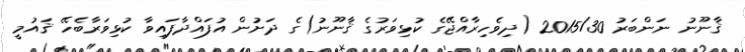
ޤާނޫނު ނަންބަރު 2015/30 (ދިވެހިރާއްޖޭގެ ކުޅިވަރުގެ ޤާނޫނު)ގެ ދަށުން އުފައްދާފައިވާ ކުޅިވަރާބެހޭ ޤައުމީ